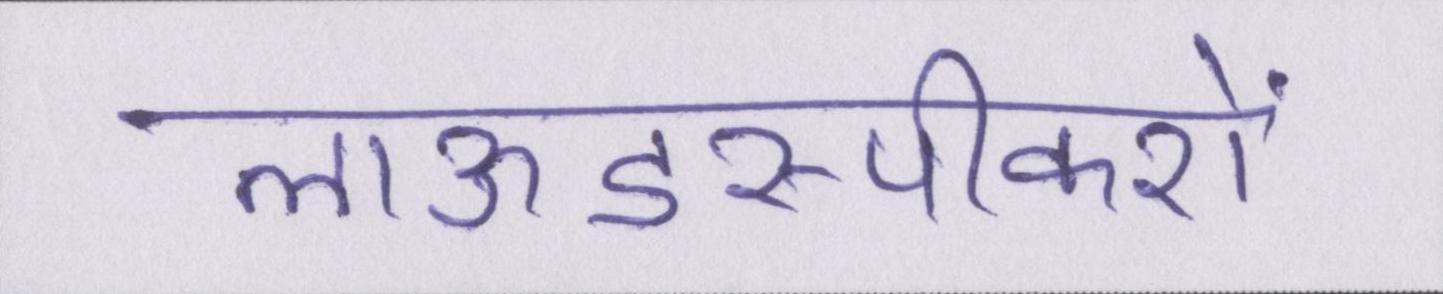
लाऊडस्पीकरों